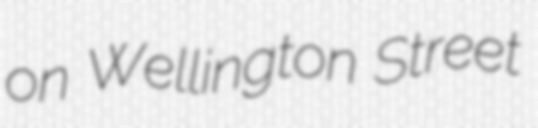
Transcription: on Wellington Street